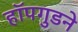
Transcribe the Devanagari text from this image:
हॉपगुडने